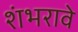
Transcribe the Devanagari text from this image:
शंभरावे